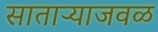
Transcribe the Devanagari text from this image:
साताऱ्याजवळ